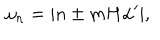
LaTeX: \omega _ { n } = | n \pm m H \alpha ^ { \prime } | ,